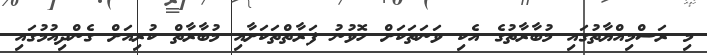
މި ރަސްމިއްޔާތުގައި މުބާރާތުގެ އެކި ވަނަތަކަށް ހޮވުނު ފަރާތްތަކަށާއި މުބާރާތް ކުރިއަށް ގެންދިއުމުގައި